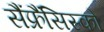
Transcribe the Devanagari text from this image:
सैंफ्रैंसिस्को